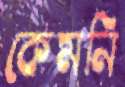
কেমনি